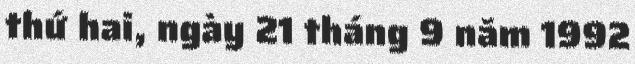
thứ hai, ngày 21 tháng 9 năm 1992